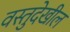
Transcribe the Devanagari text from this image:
वस्तुदेखील